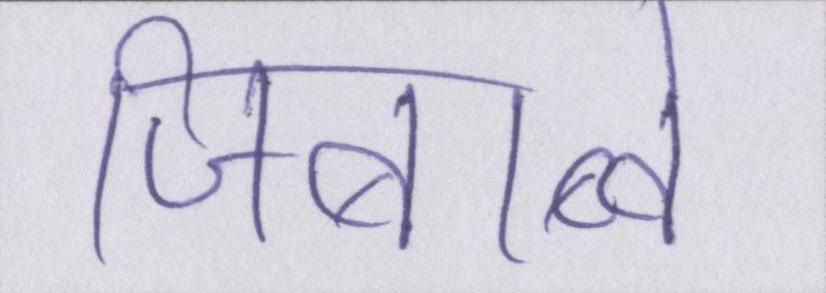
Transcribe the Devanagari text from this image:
जिंबाब्वे